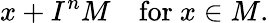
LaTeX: x+I^{n}M\quad{\mathrm{for~}}x\in M.